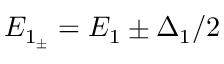
E _ { 1 _ { \pm } } = E _ { 1 } \pm \Delta _ { 1 } / 2